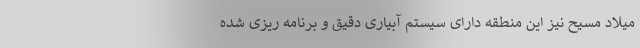
میلاد مسیح نیز این منطقه دارای سیستم آبیاری دقیق و برنامه ریزی شده